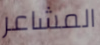
المشاعر